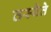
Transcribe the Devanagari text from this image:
तस्यैते